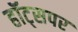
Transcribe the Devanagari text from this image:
हॉट्सपर